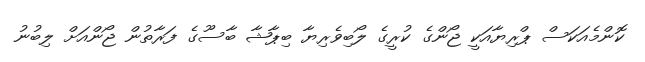
ކޮންމެއަކަސް ޕްރިޔާއަކީ ޖޯންގެ ކުރީގެ ލޯބިވެރިޔާ ބިޕާޝާ ބާސޫގެ ފަރާތުން ޖޯންއަށް ލިބުނު